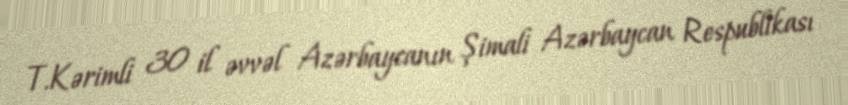
T.Kərimli 30 il əvvəl Azərbaycanın Şimali Azərbaycan Respublikası